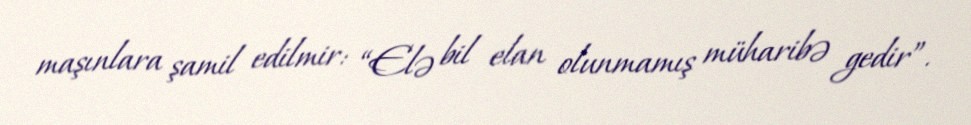
maşınlara şamil edilmir: “Elə bil elan olunmamış müharibə gedir”.